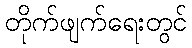
တိုက်ဖျက်ရေးတွင်